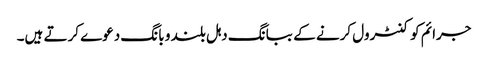
جرائم کو کنٹرول کرنے کے ببانگ دہل بلند و بانگ دعوے کرتے ہیں۔